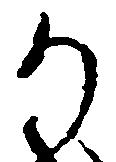
か